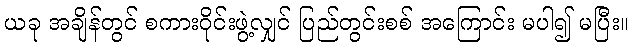
ယခု အချိန်တွင် စကားဝိုင်းဖွဲ့လျှင် ပြည်တွင်းစစ် အကြောင်း မပါ၍ မပြီး။